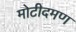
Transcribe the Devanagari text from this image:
मोटीदमण